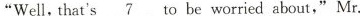
"Well,that's 7to be worried about,"Mr.